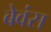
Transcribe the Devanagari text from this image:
बेवंस